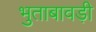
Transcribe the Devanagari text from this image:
भुताबावड़ी